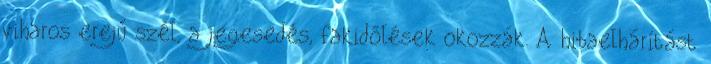
viharos erejű szél, a jegesedés, fakidőlések okozzák. A hibaelhárítást